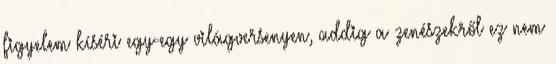
figyelem kíséri egy-egy világversenyen, addig a zenészekről ez nem